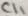
Text: C11